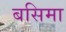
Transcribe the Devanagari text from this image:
बसिमा